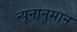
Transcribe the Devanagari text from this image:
न्यूनानुमान